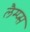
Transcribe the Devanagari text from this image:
लैम्प्स